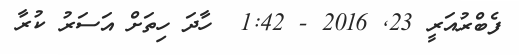
ފެބްރުއަރީ 23